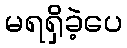
မရရှိခဲ့ပေ